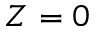
Z = 0